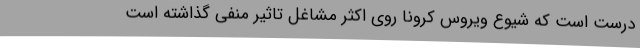
درست است که شیوع ویروس کرونا روی اکثر مشاغل تاثیر منفی گذاشته‌ است